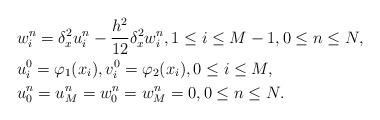
\begin{align*} &w_i^n=\delta_x^2 u_i^n-\frac{h^2}{12}\delta_x^2 w_i^n,1\leq i \leq M-1,0\leq n\leq N,\\ &u_i^0=\varphi_1 (x_i),v_i^0=\varphi_2 (x_i), 0\leq i \leq M,\\ &u_0^n=u_M^n=w_0^n=w_M^n=0,0\leq n\leq N.\end{align*}